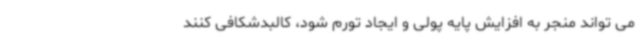
می تواند منجر به افزایش پایه پولی و ایجاد تورم شود، کالبدشکافی کنند